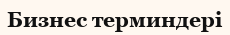
Бизнес терминдері